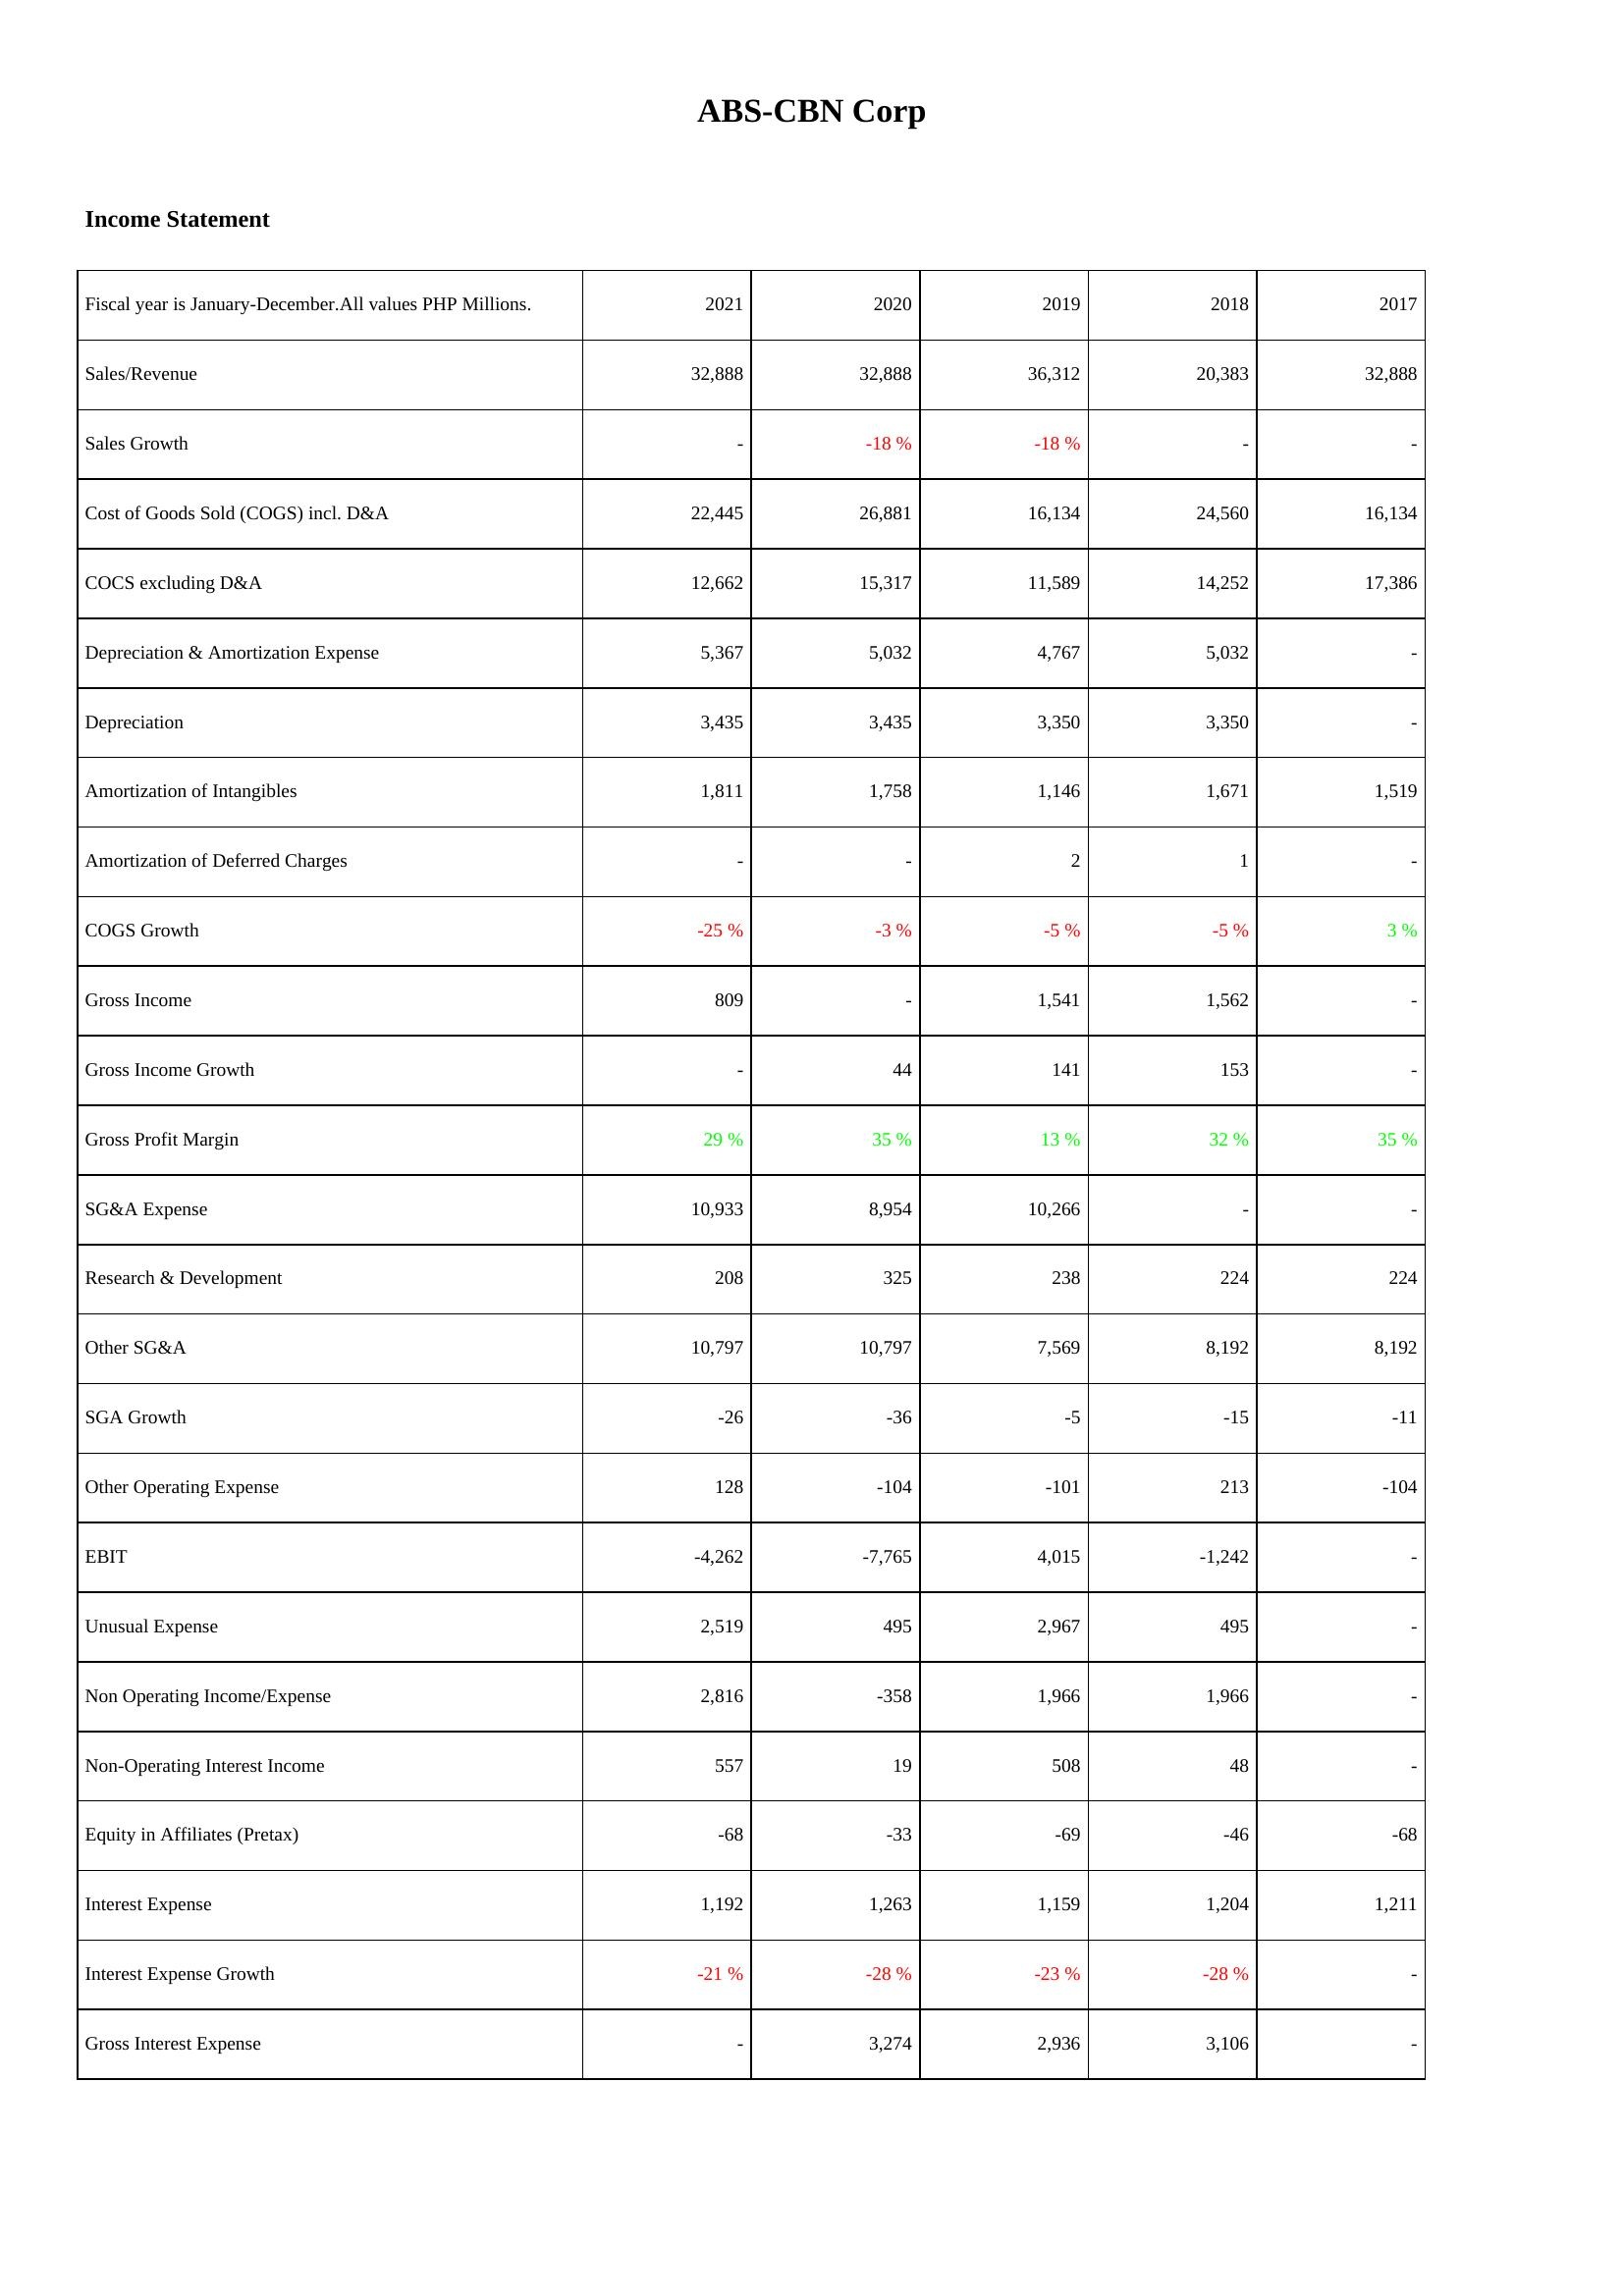
2021: Income Statement: Sales/Revenue: 32,888
Sales Growth: -
Cost of Goods Sold (COGS) incl. D&A: 22,445
COCS excluding D&A: 12,662
Depreciation & Amortization Expense: 5,367
Depreciation: 3,435
Amortization of Intangibles: 1,811
Amortization of Deferred Charges: -
COGS Growth: -25 %
Gross Income: 809
Gross Income Growth: -
Gross Profit Margin: 29 %
SG&A Expense: 10,933
Research & Development: 208
Other SG&A: 10,797
SGA Growth: -26
Other Operating Expense: 128
EBIT: -4,262
Unusual Expense: 2,519
Non Operating Income/Expense: 2,816
Non-Operating Interest Income: 557
Equity in Affiliates (Pretax): -68
Interest Expense: 1,192
Interest Expense Growth: -21 %
Gross Interest Expense: -
2020: Income Statement: Sales/Revenue: 32,888
Sales Growth: -18 %
Cost of Goods Sold (COGS) incl. D&A: 26,881
COCS excluding D&A: 15,317
Depreciation & Amortization Expense: 5,032
Depreciation: 3,435
Amortization of Intangibles: 1,758
Amortization of Deferred Charges: -
COGS Growth: -3 %
Gross Income: -
Gross Income Growth: 44
Gross Profit Margin: 35 %
SG&A Expense: 8,954
Research & Development: 325
Other SG&A: 10,797
SGA Growth: -36
Other Operating Expense: -104
EBIT: -7,765
Unusual Expense: 495
Non Operating Income/Expense: -358
Non-Operating Interest Income: 19
Equity in Affiliates (Pretax): -33
Interest Expense: 1,263
Interest Expense Growth: -28 %
Gross Interest Expense: 3,274
2019: Income Statement: Sales/Revenue: 36,312
Sales Growth: -18 %
Cost of Goods Sold (COGS) incl. D&A: 16,134
COCS excluding D&A: 11,589
Depreciation & Amortization Expense: 4,767
Depreciation: 3,350
Amortization of Intangibles: 1,146
Amortization of Deferred Charges: 2
COGS Growth: -5 %
Gross Income: 1,541
Gross Income Growth: 141
Gross Profit Margin: 13 %
SG&A Expense: 10,266
Research & Development: 238
Other SG&A: 7,569
SGA Growth: -5
Other Operating Expense: -101
EBIT: 4,015
Unusual Expense: 2,967
Non Operating Income/Expense: 1,966
Non-Operating Interest Income: 508
Equity in Affiliates (Pretax): -69
Interest Expense: 1,159
Interest Expense Growth: -23 %
Gross Interest Expense: 2,936
2018: Income Statement: Sales/Revenue: 20,383
Sales Growth: -
Cost of Goods Sold (COGS) incl. D&A: 24,560
COCS excluding D&A: 14,252
Depreciation & Amortization Expense: 5,032
Depreciation: 3,350
Amortization of Intangibles: 1,671
Amortization of Deferred Charges: 1
COGS Growth: -5 %
Gross Income: 1,562
Gross Income Growth: 153
Gross Profit Margin: 32 %
SG&A Expense: -
Research & Development: 224
Other SG&A: 8,192
SGA Growth: -15
Other Operating Expense: 213
EBIT: -1,242
Unusual Expense: 495
Non Operating Income/Expense: 1,966
Non-Operating Interest Income: 48
Equity in Affiliates (Pretax): -46
Interest Expense: 1,204
Interest Expense Growth: -28 %
Gross Interest Expense: 3,106
2017: Income Statement: Sales/Revenue: 32,888
Sales Growth: -
Cost of Goods Sold (COGS) incl. D&A: 16,134
COCS excluding D&A: 17,386
Depreciation & Amortization Expense: -
Depreciation: -
Amortization of Intangibles: 1,519
Amortization of Deferred Charges: -
COGS Growth: 3 %
Gross Income: -
Gross Income Growth: -
Gross Profit Margin: 35 %
SG&A Expense: -
Research & Development: 224
Other SG&A: 8,192
SGA Growth: -11
Other Operating Expense: -104
EBIT: -
Unusual Expense: -
Non Operating Income/Expense: -
Non-Operating Interest Income: -
Equity in Affiliates (Pretax): -68
Interest Expense: 1,211
Interest Expense Growth: -
Gross Interest Expense: -